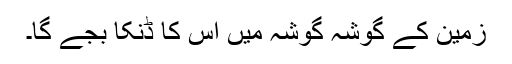
زمین کے گوشہ گوشہ میں اس کا ڈنکا بجے گا۔